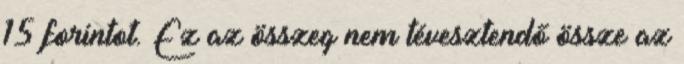
15 forintot. Ez az összeg nem tévesztendő össze az